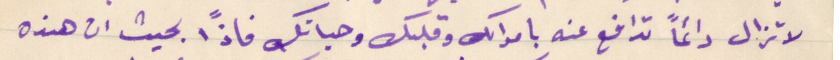
لا تزال دائماً تدافع عنه باموالك وقلبك وحياتك فاذًا بحيث ان هذه